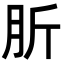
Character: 肵